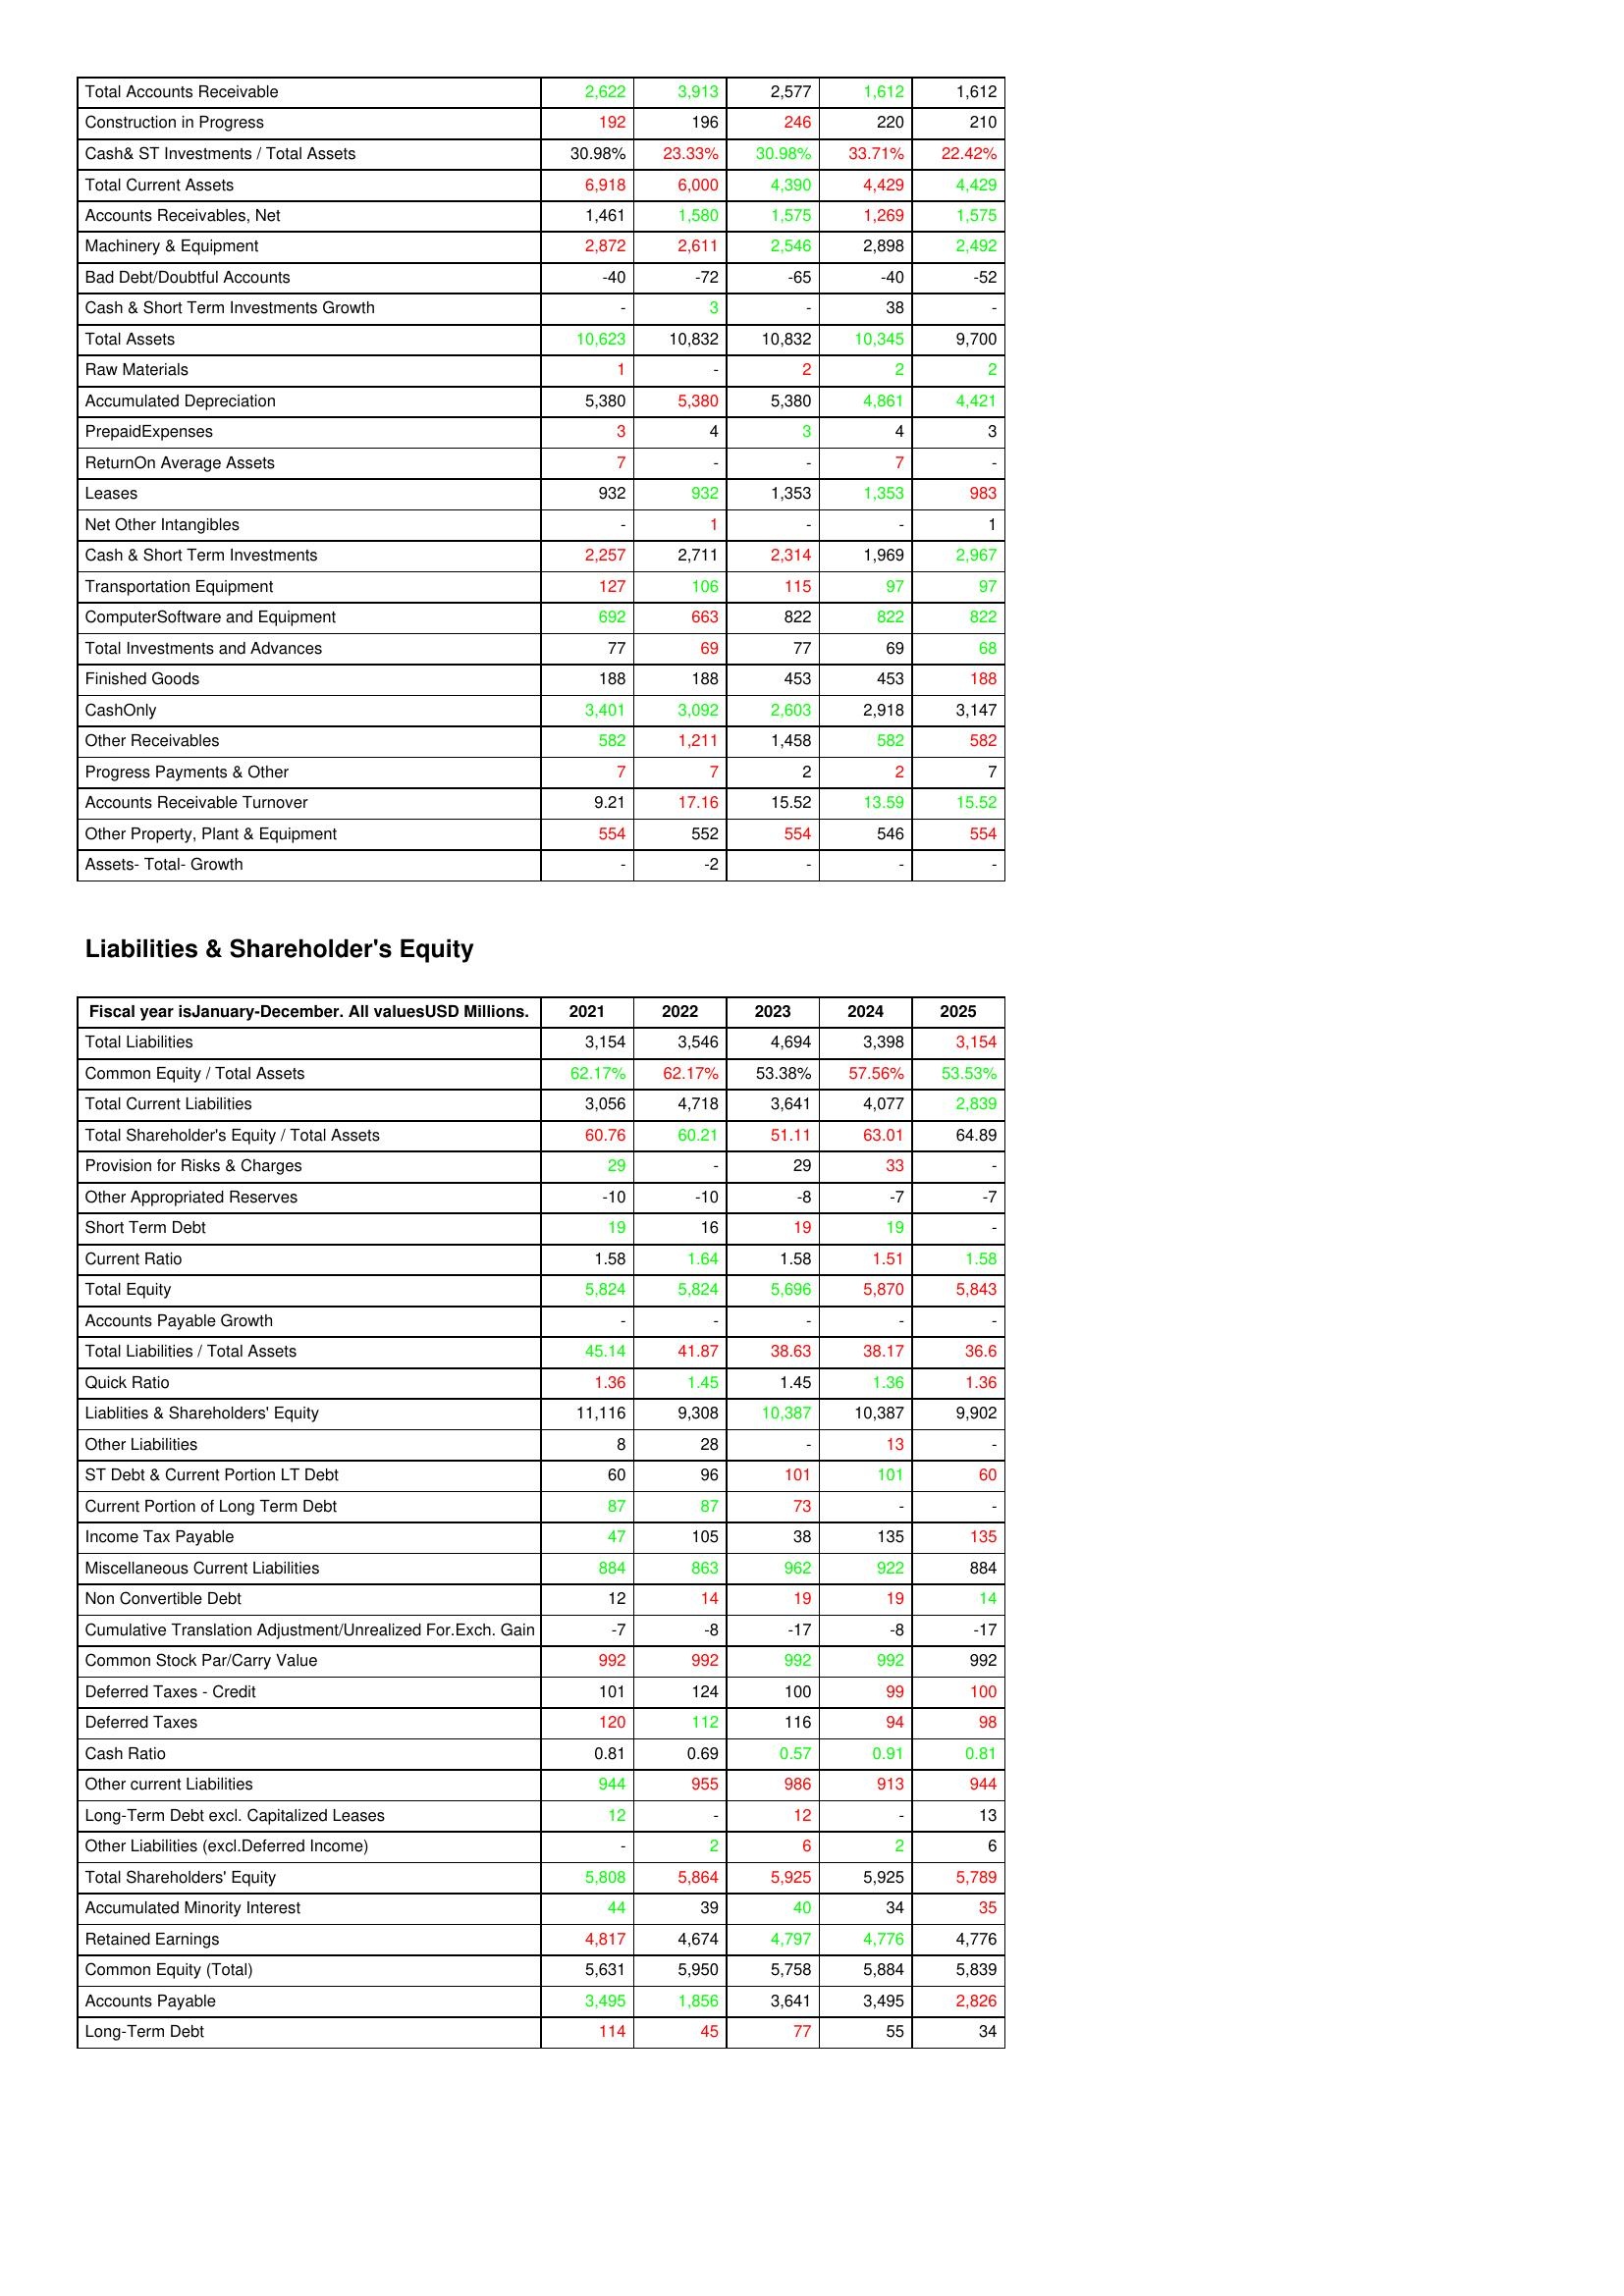
gt_parse: 2021: Assets: Total Accounts Receivable: 2,622
Construction in Progress: 192
Cash& ST Investments / Total Assets: 30.98%
Total Current Assets: 6,918
Accounts Receivables, Net: 1,461
Machinery & Equipment: 2,872
Bad Debt/Doubtful Accounts: -40
Cash & Short Term Investments Growth: -
Total Assets: 10,623
Raw Materials: 1
Accumulated Depreciation: 5,380
PrepaidExpenses: 3
ReturnOn Average Assets: 7
Leases: 932
Net Other Intangibles: -
Cash & Short Term Investments: 2,257
Transportation Equipment: 127
ComputerSoftware and Equipment: 692
Total Investments and Advances: 77
Finished Goods: 188
CashOnly: 3,401
Other Receivables: 582
Progress Payments & Other: 7
Accounts Receivable Turnover: 9.21
Other Property, Plant & Equipment: 554
Assets- Total- Growth: -
Liabilities & Shareholder's Equity: Total Liabilities: 3,154
Common Equity / Total Assets: 62.17%
Total Current Liabilities: 3,056
Total Shareholder's Equity / Total Assets: 60.76
Provision for Risks & Charges: 29
Other Appropriated Reserves: -10
Short Term Debt: 19
Current Ratio: 1.58
Total Equity: 5,824
Accounts Payable Growth: -
Total Liabilities / Total Assets: 45.14
Quick Ratio: 1.36
Liablities & Shareholders' Equity: 11,116
Other Liabilities: 8
ST Debt & Current Portion LT Debt: 60
Current Portion of Long Term Debt: 87
Income Tax Payable: 47
Miscellaneous Current Liabilities: 884
Non Convertible Debt: 12
Cumulative Translation Adjustment/Unrealized For.Exch. Gain: -7
Common Stock Par/Carry Value: 992
Deferred Taxes - Credit: 101
Deferred Taxes: 120
Cash Ratio: 0.81
Other current Liabilities: 944
Long-Term Debt excl. Capitalized Leases: 12
Other Liabilities (excl.Deferred Income): -
Total Shareholders' Equity: 5,808
Accumulated Minority Interest: 44
Retained Earnings: 4,817
Common Equity (Total): 5,631
Accounts Payable: 3,495
Long-Term Debt: 114
2022: Assets: Total Accounts Receivable: 3,913
Construction in Progress: 196
Cash& ST Investments / Total Assets: 23.33%
Total Current Assets: 6,000
Accounts Receivables, Net: 1,580
Machinery & Equipment: 2,611
Bad Debt/Doubtful Accounts: -72
Cash & Short Term Investments Growth: 3
Total Assets: 10,832
Raw Materials: -
Accumulated Depreciation: 5,380
PrepaidExpenses: 4
ReturnOn Average Assets: -
Leases: 932
Net Other Intangibles: 1
Cash & Short Term Investments: 2,711
Transportation Equipment: 106
ComputerSoftware and Equipment: 663
Total Investments and Advances: 69
Finished Goods: 188
CashOnly: 3,092
Other Receivables: 1,211
Progress Payments & Other: 7
Accounts Receivable Turnover: 17.16
Other Property, Plant & Equipment: 552
Assets- Total- Growth: -2
Liabilities & Shareholder's Equity: Total Liabilities: 3,546
Common Equity / Total Assets: 62.17%
Total Current Liabilities: 4,718
Total Shareholder's Equity / Total Assets: 60.21
Provision for Risks & Charges: -
Other Appropriated Reserves: -10
Short Term Debt: 16
Current Ratio: 1.64
Total Equity: 5,824
Accounts Payable Growth: -
Total Liabilities / Total Assets: 41.87
Quick Ratio: 1.45
Liablities & Shareholders' Equity: 9,308
Other Liabilities: 28
ST Debt & Current Portion LT Debt: 96
Current Portion of Long Term Debt: 87
Income Tax Payable: 105
Miscellaneous Current Liabilities: 863
Non Convertible Debt: 14
Cumulative Translation Adjustment/Unrealized For.Exch. Gain: -8
Common Stock Par/Carry Value: 992
Deferred Taxes - Credit: 124
Deferred Taxes: 112
Cash Ratio: 0.69
Other current Liabilities: 955
Long-Term Debt excl. Capitalized Leases: -
Other Liabilities (excl.Deferred Income): 2
Total Shareholders' Equity: 5,864
Accumulated Minority Interest: 39
Retained Earnings: 4,674
Common Equity (Total): 5,950
Accounts Payable: 1,856
Long-Term Debt: 45
2023: Assets: Total Accounts Receivable: 2,577
Construction in Progress: 246
Cash& ST Investments / Total Assets: 30.98%
Total Current Assets: 4,390
Accounts Receivables, Net: 1,575
Machinery & Equipment: 2,546
Bad Debt/Doubtful Accounts: -65
Cash & Short Term Investments Growth: -
Total Assets: 10,832
Raw Materials: 2
Accumulated Depreciation: 5,380
PrepaidExpenses: 3
ReturnOn Average Assets: -
Leases: 1,353
Net Other Intangibles: -
Cash & Short Term Investments: 2,314
Transportation Equipment: 115
ComputerSoftware and Equipment: 822
Total Investments and Advances: 77
Finished Goods: 453
CashOnly: 2,603
Other Receivables: 1,458
Progress Payments & Other: 2
Accounts Receivable Turnover: 15.52
Other Property, Plant & Equipment: 554
Assets- Total- Growth: -
Liabilities & Shareholder's Equity: Total Liabilities: 4,694
Common Equity / Total Assets: 53.38%
Total Current Liabilities: 3,641
Total Shareholder's Equity / Total Assets: 51.11
Provision for Risks & Charges: 29
Other Appropriated Reserves: -8
Short Term Debt: 19
Current Ratio: 1.58
Total Equity: 5,696
Accounts Payable Growth: -
Total Liabilities / Total Assets: 38.63
Quick Ratio: 1.45
Liablities & Shareholders' Equity: 10,387
Other Liabilities: -
ST Debt & Current Portion LT Debt: 101
Current Portion of Long Term Debt: 73
Income Tax Payable: 38
Miscellaneous Current Liabilities: 962
Non Convertible Debt: 19
Cumulative Translation Adjustment/Unrealized For.Exch. Gain: -17
Common Stock Par/Carry Value: 992
Deferred Taxes - Credit: 100
Deferred Taxes: 116
Cash Ratio: 0.57
Other current Liabilities: 986
Long-Term Debt excl. Capitalized Leases: 12
Other Liabilities (excl.Deferred Income): 6
Total Shareholders' Equity: 5,925
Accumulated Minority Interest: 40
Retained Earnings: 4,797
Common Equity (Total): 5,758
Accounts Payable: 3,641
Long-Term Debt: 77
2024: Assets: Total Accounts Receivable: 1,612
Construction in Progress: 220
Cash& ST Investments / Total Assets: 33.71%
Total Current Assets: 4,429
Accounts Receivables, Net: 1,269
Machinery & Equipment: 2,898
Bad Debt/Doubtful Accounts: -40
Cash & Short Term Investments Growth: 38
Total Assets: 10,345
Raw Materials: 2
Accumulated Depreciation: 4,861
PrepaidExpenses: 4
ReturnOn Average Assets: 7
Leases: 1,353
Net Other Intangibles: -
Cash & Short Term Investments: 1,969
Transportation Equipment: 97
ComputerSoftware and Equipment: 822
Total Investments and Advances: 69
Finished Goods: 453
CashOnly: 2,918
Other Receivables: 582
Progress Payments & Other: 2
Accounts Receivable Turnover: 13.59
Other Property, Plant & Equipment: 546
Assets- Total- Growth: -
Liabilities & Shareholder's Equity: Total Liabilities: 3,398
Common Equity / Total Assets: 57.56%
Total Current Liabilities: 4,077
Total Shareholder's Equity / Total Assets: 63.01
Provision for Risks & Charges: 33
Other Appropriated Reserves: -7
Short Term Debt: 19
Current Ratio: 1.51
Total Equity: 5,870
Accounts Payable Growth: -
Total Liabilities / Total Assets: 38.17
Quick Ratio: 1.36
Liablities & Shareholders' Equity: 10,387
Other Liabilities: 13
ST Debt & Current Portion LT Debt: 101
Current Portion of Long Term Debt: -
Income Tax Payable: 135
Miscellaneous Current Liabilities: 922
Non Convertible Debt: 19
Cumulative Translation Adjustment/Unrealized For.Exch. Gain: -8
Common Stock Par/Carry Value: 992
Deferred Taxes - Credit: 99
Deferred Taxes: 94
Cash Ratio: 0.91
Other current Liabilities: 913
Long-Term Debt excl. Capitalized Leases: -
Other Liabilities (excl.Deferred Income): 2
Total Shareholders' Equity: 5,925
Accumulated Minority Interest: 34
Retained Earnings: 4,776
Common Equity (Total): 5,884
Accounts Payable: 3,495
Long-Term Debt: 55
2025: Assets: Total Accounts Receivable: 1,612
Construction in Progress: 210
Cash& ST Investments / Total Assets: 22.42%
Total Current Assets: 4,429
Accounts Receivables, Net: 1,575
Machinery & Equipment: 2,492
Bad Debt/Doubtful Accounts: -52
Cash & Short Term Investments Growth: -
Total Assets: 9,700
Raw Materials: 2
Accumulated Depreciation: 4,421
PrepaidExpenses: 3
ReturnOn Average Assets: -
Leases: 983
Net Other Intangibles: 1
Cash & Short Term Investments: 2,967
Transportation Equipment: 97
ComputerSoftware and Equipment: 822
Total Investments and Advances: 68
Finished Goods: 188
CashOnly: 3,147
Other Receivables: 582
Progress Payments & Other: 7
Accounts Receivable Turnover: 15.52
Other Property, Plant & Equipment: 554
Assets- Total- Growth: -
Liabilities & Shareholder's Equity: Total Liabilities: 3,154
Common Equity / Total Assets: 53.53%
Total Current Liabilities: 2,839
Total Shareholder's Equity / Total Assets: 64.89
Provision for Risks & Charges: -
Other Appropriated Reserves: -7
Short Term Debt: -
Current Ratio: 1.58
Total Equity: 5,843
Accounts Payable Growth: -
Total Liabilities / Total Assets: 36.6
Quick Ratio: 1.36
Liablities & Shareholders' Equity: 9,902
Other Liabilities: -
ST Debt & Current Portion LT Debt: 60
Current Portion of Long Term Debt: -
Income Tax Payable: 135
Miscellaneous Current Liabilities: 884
Non Convertible Debt: 14
Cumulative Translation Adjustment/Unrealized For.Exch. Gain: -17
Common Stock Par/Carry Value: 992
Deferred Taxes - Credit: 100
Deferred Taxes: 98
Cash Ratio: 0.81
Other current Liabilities: 944
Long-Term Debt excl. Capitalized Leases: 13
Other Liabilities (excl.Deferred Income): 6
Total Shareholders' Equity: 5,789
Accumulated Minority Interest: 35
Retained Earnings: 4,776
Common Equity (Total): 5,839
Accounts Payable: 2,826
Long-Term Debt: 34